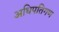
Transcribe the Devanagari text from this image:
अधिपतिगण